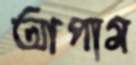
আপাম